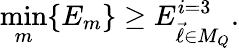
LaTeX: \operatorname*{min}_{m}\{ E_{m}\} \ge E_{\vec{\ell}\in M_{Q}}^{i=3}.